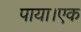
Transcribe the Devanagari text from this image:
पाया।एक